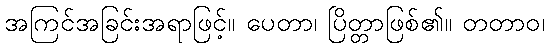
အကြင်အခြင်းအရာဖြင့်။ ပေတာ၊ ပြိတ္တာဖြစ်၏။ တတာဝ၊